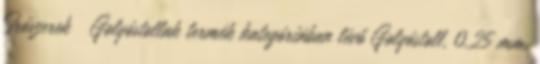
Írószerek Golyóstollak termék kategóriában lévő Golyóstoll, 0,25 mm,